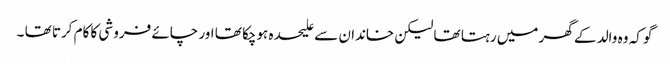
گو کہ وہ والد کے گھر میں رہتا تھا لیکن خاندان سے علیحدہ ہوچکا تھا اور چائے فروشی کا کام کرتا تھا ۔